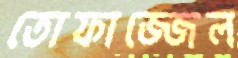
তোফাজ্জেল